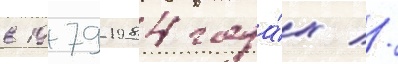
в 1979-1984 года́х //